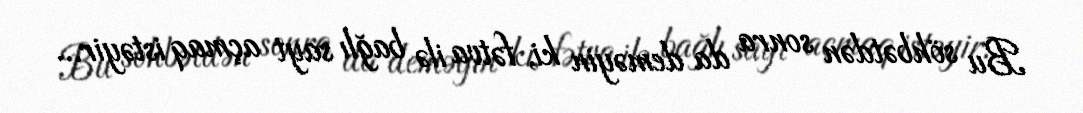
Bu söhbətdən sonra da deməyin ki, fətva ilə bağlı sayt açmaq istəyir...